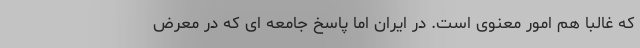
که غالبا هم امور معنوی است. در ایران اما پاسخ جامعه ای که در معرض